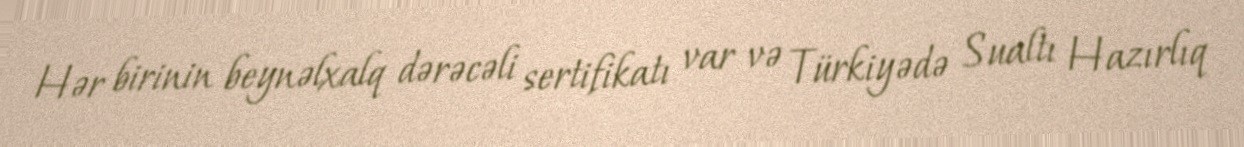
Hər birinin beynəlxalq dərəcəli sertifikatı var və Türkiyədə Sualtı Hazırlıq